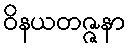
ဝိနယတဇ္ဇနာ